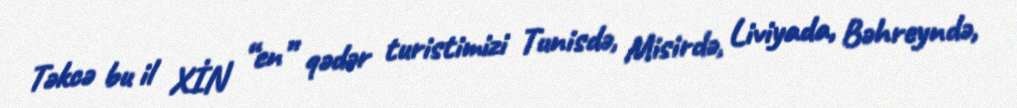
Təkcə bu il XİN “en” qədər turistimizi Tunisdə, Misirdə, Liviyada, Bəhreyndə,